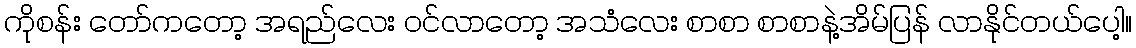
ကိုစန်း တော်ကတော့ အရည်လေး ဝင်လာတော့ အသံလေး စာစာ စာစာနဲ့အိမ်ပြန် လာနိုင်တယ်ပေါ့။